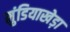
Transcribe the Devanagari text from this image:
मुंडियाखेड़ा